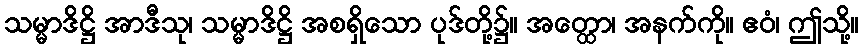
သမ္မာဒိဋ္ဌိ အာဒီသု၊ သမ္မာဒိဋ္ဌိ အစရှိသော ပုဒ်တို့၌။ အတ္ထော၊ အနက်ကို။ ဧဝံ၊ ဤသို့။